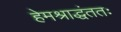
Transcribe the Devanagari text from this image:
हेमश्राद्धंततः